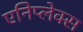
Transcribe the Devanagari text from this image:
एनिप्लेक्स